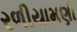
રળીયામણી